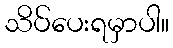
သိပ်ပေးရမှာပါ။